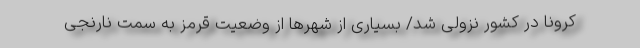
کرونا در کشور نزولی شد/ بسیاری از شهر‌ها از وضعیت قرمز به سمت نارنجی